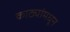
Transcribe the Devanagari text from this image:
काठ्यांमधून